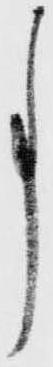
事